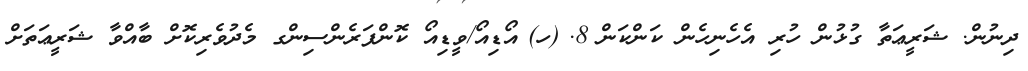
ދިނުން. ޝަރީޢަތާ ގުޅުން ހުރި އެހެނިހެން ކަންކަން	8.	(ހ)	އޯޑިއޯ/ވީޑިއޯ ކޮންފަރެންސިންގ މެދުވެރިކޮށް ބާއްވާ ޝަރީޢަތަށް